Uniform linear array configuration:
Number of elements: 12
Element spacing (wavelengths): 1
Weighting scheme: hann
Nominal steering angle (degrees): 30
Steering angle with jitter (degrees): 31.381
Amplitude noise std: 0.05
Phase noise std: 0.05

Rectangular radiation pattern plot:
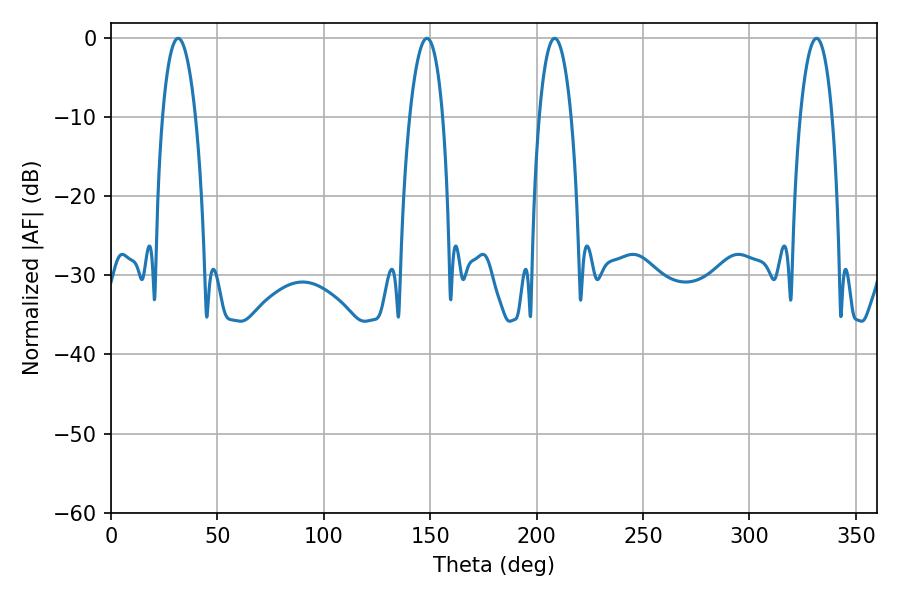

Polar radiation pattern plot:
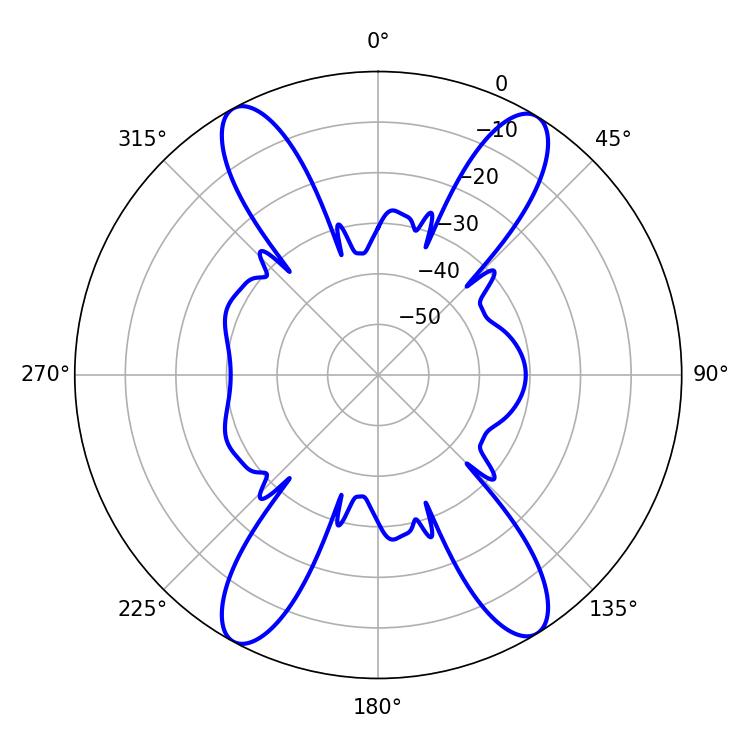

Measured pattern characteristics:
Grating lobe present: TRUE
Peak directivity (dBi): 20.181
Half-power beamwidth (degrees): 8.64
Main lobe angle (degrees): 148.5